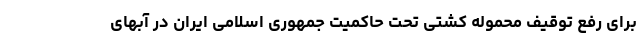
برای رفع توقیف محموله کشتی تحت حاکمیت جمهوری اسلامی ایران در آبهای